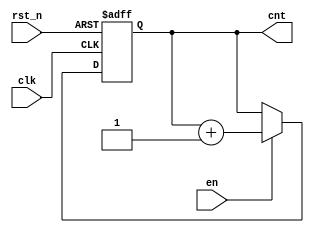
module iq_cnt(clk,rst_n,en,cnt);

input clk, rst_n, en;
output reg [7:0] cnt;

always @(posedge clk, negedge rst_n) begin
   if(!rst_n)
        cnt <= 8'h00;
   else if(en)
        cnt = cnt + 1;
    else
        cnt = cnt;
end
endmodule